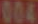
004